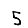
Digit: 5